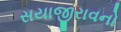
સયાજીરાવનો